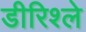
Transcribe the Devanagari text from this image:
डीरिश्ले